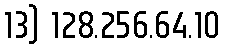
13) 128.256.64.10